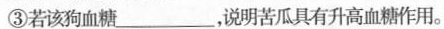
③若该狗血糖_____，说明苦瓜具有升高血糖作用。